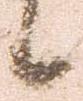
候